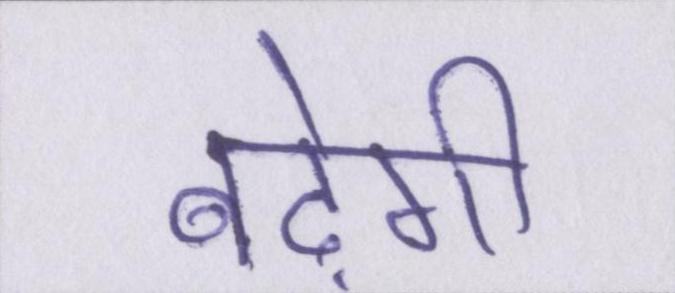
बढ़ेगी